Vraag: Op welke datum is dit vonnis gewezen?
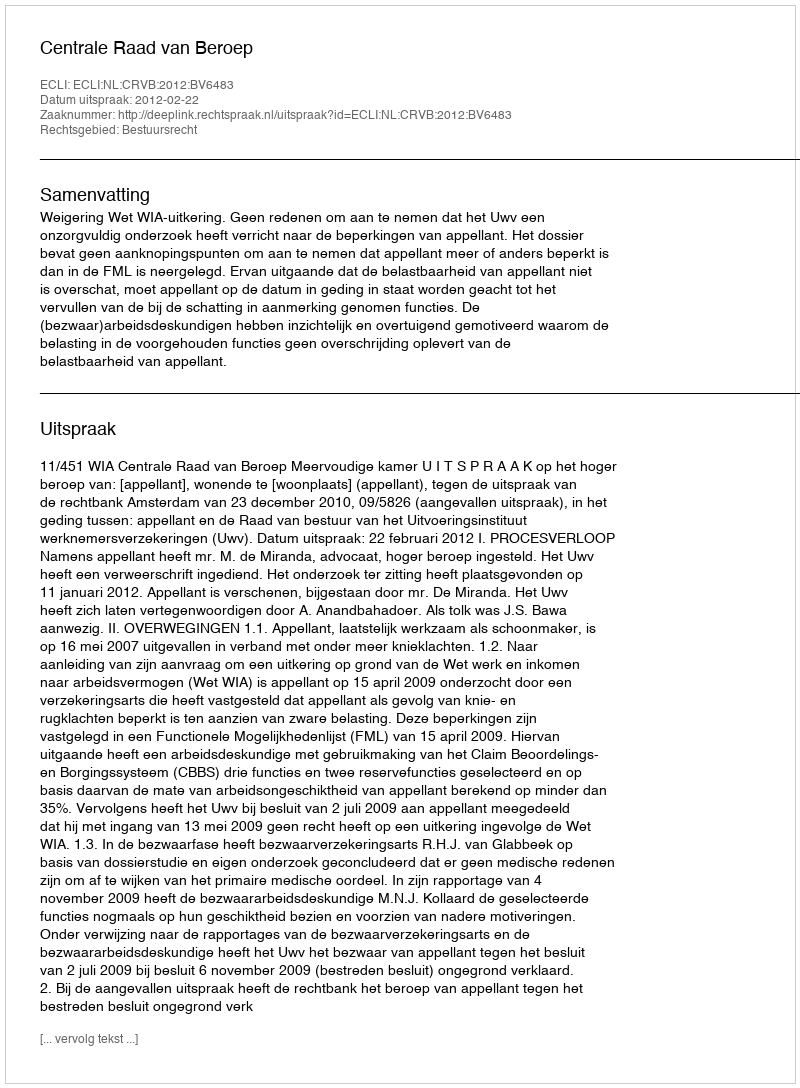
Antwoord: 2012-02-22